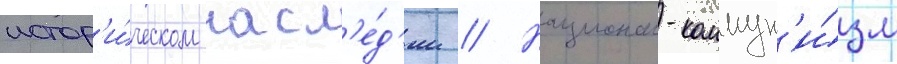
истор'и́ческом насл'е́д'ии // Национал-коммун'и́зм